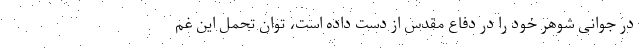
در جوانی شوهر خود را در دفاع مقدس از دست داده است، توان تحمل این غم